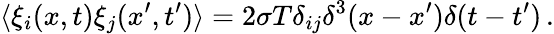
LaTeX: \langle\xi_{i}(x,t)\xi_{j}(x^{\prime},t^{\prime})\rangle=2\sigma T\delta_{ij}\delta^{3}(x-x^{\prime})\delta(t-t^{\prime})\, .